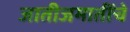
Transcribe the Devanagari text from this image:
जातीजमातींचे